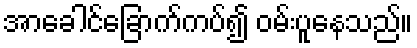
အာခေါင်ခြောက်ကပ်၍ ဝမ်းပူနေသည်။